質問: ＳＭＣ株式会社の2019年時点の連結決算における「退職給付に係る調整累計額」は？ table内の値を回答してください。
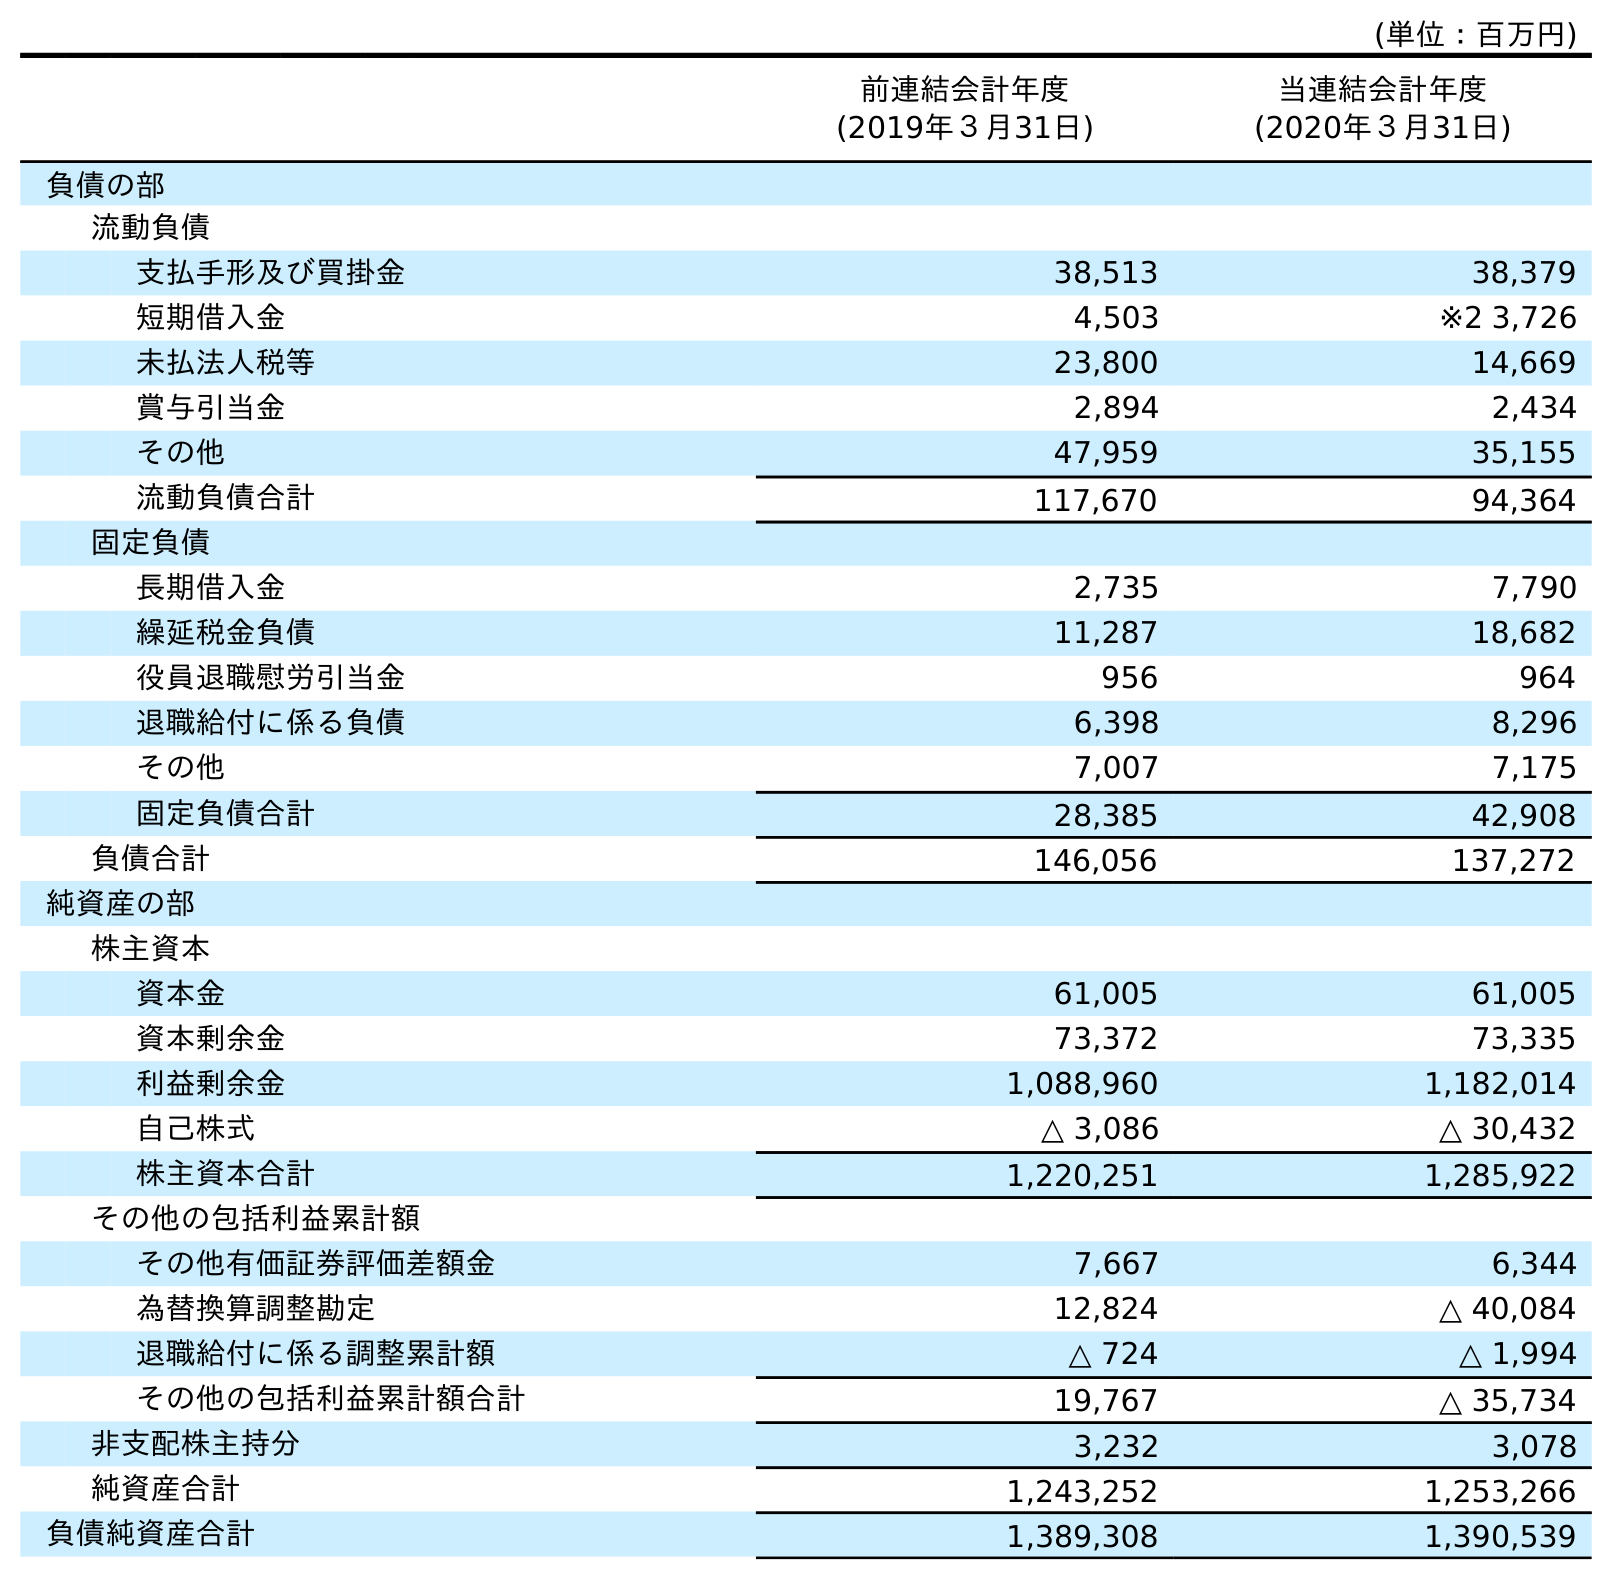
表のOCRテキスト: (単位：百万円) 前連結会計年度 (2019年３月31日) 当連結会計年度 (2020年３月31日) 負債の部 流動負債 支払手形及び買掛金 38,513 38,379 短期借入金 4,503 ※2 3,726 未払法人税等 23,800 14,669 賞与引当金 2,894 2,434 その他 47,959 35,155 流動負債合計 117,670 94,364 固定負債 長期借入金 2,735 7,790 繰延税金負債 11,287 18,682 役員退職慰労引当金 956 964 退職給付に係る負債 6,398 8,296 その他 7,007 7,175 固定負債合計 28,385 42,908 負債合計 146,056 137,272 純資産の部 株主資本 資本金 61,005 61,005 資本剰余金 73,372 73,335 利益剰余金 1,088,960 1,182,014 自己株式 △ 3,086 △ 30,432 株主資本合計 1,220,251 1,285,922 その他の包括利益累計額 その他有価証券評価差額金 7,667 6,344 為替換算調整勘定 12,824 △ 40,084 退職給付に係る調整累計額 △ 724 △ 1,994 その他の包括利益累計額合計 19,767 △ 35,734 非支配株主持分 3,232 3,078 純資産合計 1,243,252 1,253,266 負債純資産合計 1,389,308 1,390,539
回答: △724